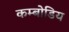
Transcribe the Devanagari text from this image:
कम्बोडिय